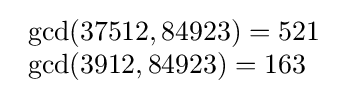
{\begin{array}{ll}\gcd(37512,84923)=521\\\gcd(3912,84923)=163\end{array}}